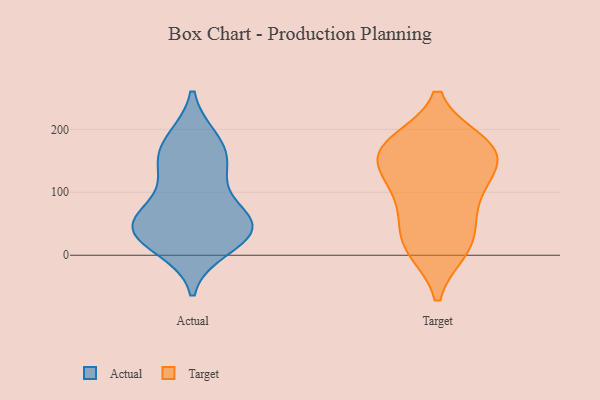
{"axis": {"x": "Active Users", "y": "Value"}, "legend": ["Actual", "Target"], "data": [{"x": "", "y": 183, "type": "Actual"}, {"x": "", "y": 120, "type": "Actual"}, {"x": "", "y": 13, "type": "Actual"}, {"x": "", "y": 27, "type": "Actual"}, {"x": "", "y": 34, "type": "Actual"}, {"x": "", "y": 65, "type": "Actual"}, {"x": "", "y": 147, "type": "Actual"}, {"x": "", "y": 52, "type": "Actual"}, {"x": "", "y": 48, "type": "Actual"}, {"x": "", "y": 51, "type": "Actual"}, {"x": "", "y": 47, "type": "Actual"}, {"x": "", "y": 147, "type": "Actual"}, {"x": "", "y": 180, "type": "Actual"}, {"x": "", "y": 160, "type": "Target"}, {"x": "", "y": 106, "type": "Target"}, {"x": "", "y": 10, "type": "Target"}, {"x": "", "y": 169, "type": "Target"}, {"x": "", "y": 10, "type": "Target"}, {"x": "", "y": 154, "type": "Target"}, {"x": "", "y": 26, "type": "Target"}, {"x": "", "y": 178, "type": "Target"}, {"x": "", "y": 115, "type": "Target"}, {"x": "", "y": 53, "type": "Target"}, {"x": "", "y": 87, "type": "Target"}, {"x": "", "y": 156, "type": "Target"}, {"x": "", "y": 176, "type": "Target"}]}